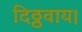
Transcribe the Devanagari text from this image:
दिठ्ठवाय।